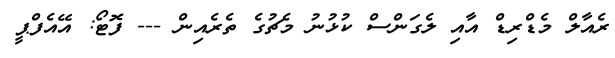
ރެއާލް މެޑްރިޑް އާއި ލެގަންސް ކުޅުނު މެޗުގެ ތެރެއިން --- ފޮޓޯ: އޭއެފްޕީ